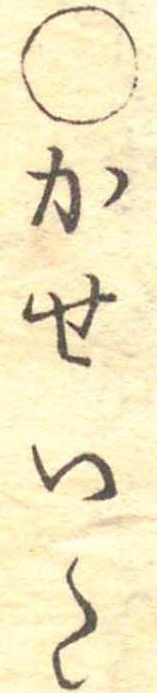
○かせいた